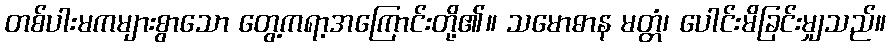
တစ်ပါးမကများစွာသော တွေ့ကရာ့အကြောင်းတို့၏။ သမောဓာန မတ္တံ၊ ပေါင်းမိခြင်းမျှသည်။